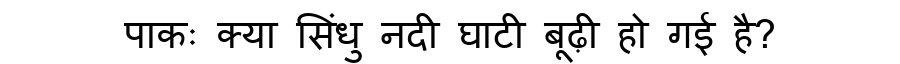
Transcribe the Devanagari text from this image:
पाकः क्या सिंधु नदी घाटी बूढ़ी हो गई है?